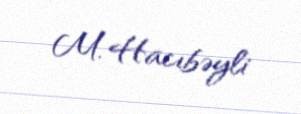
M. Hacıbəyli